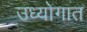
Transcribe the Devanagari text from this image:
उध्योगात